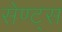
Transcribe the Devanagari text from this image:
सेण्ट्स